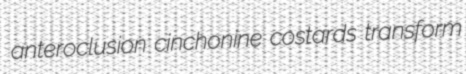
anteroclusion cinchonine costards transform